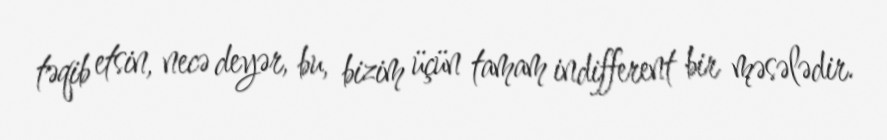
təqib etsin, necə deyər, bu, bizim üçün tamam indifferent bir məsələdir.